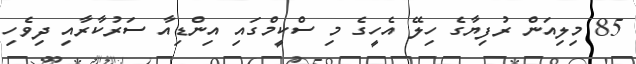
85 މިލިއަން ރުފިޔާގެ ހިލޭ އެހީގެ މި ސްކީމްގައި އިންޑިއާ ސަރުކާރާއި ދިވެހި